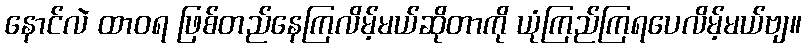
နောင်လဲ ထာဝရ ဖြစ်တည်နေကြလိမ့်မယ်ဆိုတာကို ယုံကြည်ကြရပေလိမ့်မယ်ဗျ။